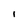
Character: I